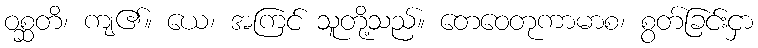
ဝစ္ဆတိ၊ ကျ၏။ ယေ၊ အကြင် သူတို့သည်။ တေဝေတုကာမာစ၊ စွတ်ခြင်းငှာ